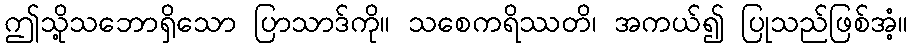
ဤသို့သဘောရှိသော ပြာသာဒ်ကို။ သစေကရိဿတိ၊ အကယ်၍ ပြုသည်ဖြစ်အံ့။